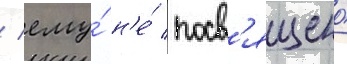
/ ему́ н'е́ посв'ящено́